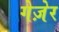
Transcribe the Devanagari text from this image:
गेज़ेर